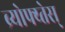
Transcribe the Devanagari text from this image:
ब्र्योफ्य्तेस्